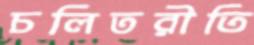
চলিতরীতি